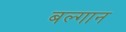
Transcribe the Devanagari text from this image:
बल्गान